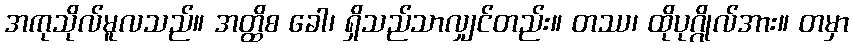
အကုသိုလ်မူလသည်။ အတ္ထိစ ခေါ၊ ရှိသည်သာလျှင်တည်း။ တဿ၊ ထိုပုဂ္ဂိုလ်အား။ တမှာ